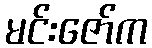
မင်းဇော်က